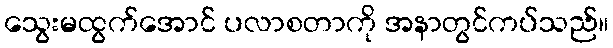
သွေးမထွက်အောင် ပလာစတာကို အနာတွင်ကပ်သည်။